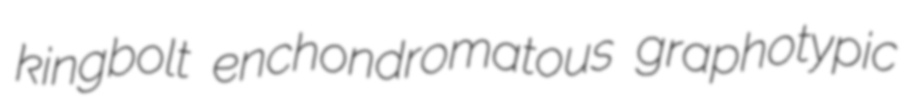
kingbolt enchondromatous graphotypic